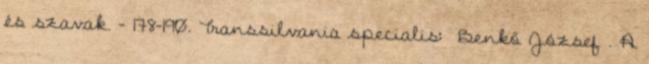
és szavak. – 178-190. Transsilvania specialis: Benkő József . A